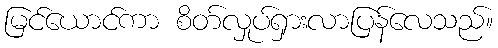
မြင်ယောင်ကာ စိတ်လှုပ်ရှားလာပြန်လေသည်။